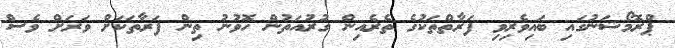
ޕްރޮމޯޝަނުގައި ބައިވެރިވި ފަރާތްތަކުގެ ތެރެއިން ގުރުއަތުން ހޮވުނު ތިން ފަރާތަކަށް ވަރަށް ވެސް